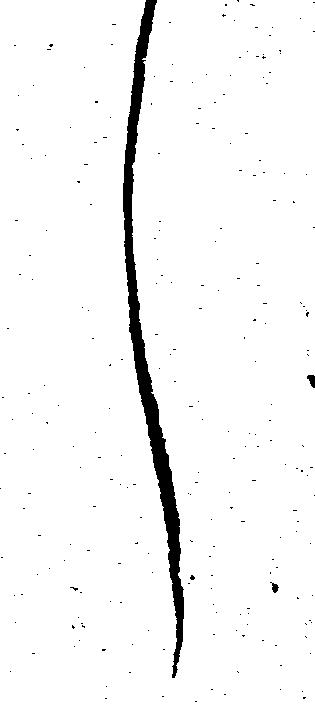
し